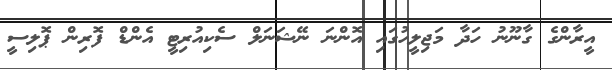
އީރާންގެ ގާނޫނު ހަދާ މަޖިލީހުގައި އޮންނަ ނޭޝަނަލް ސެކިއުރިޓީ އެންޑް ފޮރިން ޕޮލިސީ